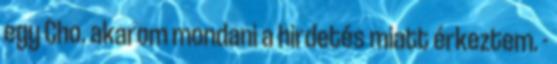
egy Cho. akarom mondani a hirdetés miatt érkeztem. -